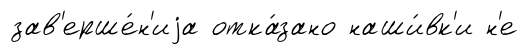
зав'ерше́н'иjа отка́зано наши́вк'и н'е